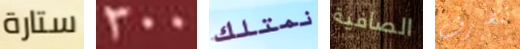
ستارة 300 نمتلك الصافية تتصرف